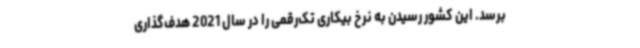
برسد. این کشور رسیدن به نرخ بیکاری تک‌رقمی را در سال 2021 هدف‌گذاری